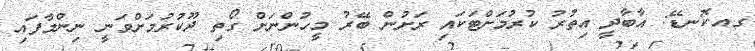
ގއ.ކޮނޑޭ: އާބާދީ އިތުރު ކުރުމަށްޓަކައި ރަށުން ބޭރު މީހުންނަށް ގޯތި ދޫކުރުމަށްވަނީ ނިންމާފައި